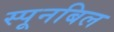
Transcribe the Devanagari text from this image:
स्पूनबिल